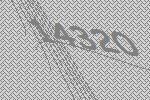
14320